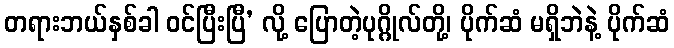
တရားဘယ်နှစ်ခါ ဝင်ပြီးပြီ’ လို့ ပြောတဲ့ပုဂ္ဂိုလ်တို့၊ ပိုက်ဆံ မရှိဘဲနဲ့ ပိုက်ဆံ